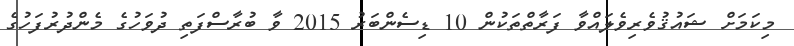
މިކަމަށް ޝައުޤުވެރިވެލައްވާ ފަރާތްތަކުން 10 ޑިސެންބަރު 2015 ވާ ބުރާސްފަތި ދުވަހުގެ މެންދުރުފަހުގެ